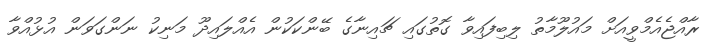
ރާއްޖެއެމްވީއަށް މައުލޫމާތު ލިބިފައިވާ ގޮތުގައި ޗައިނާގެ ބޭންކަކުން އެއްލައިދޫ މަނިކު ނަންގަވަން އުޅުއްވާ